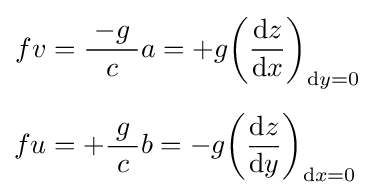
{\begin{aligned}fv&={\frac {\;-g\;}{\;c\;}}a=+g{\biggl (}{\frac {{\rm {d}}z}{{\rm {d}}x}}{\biggr )}_{{\rm {d}}y=0}\\[5px]fu&=+{\frac {\;g\;}{\;c\;}}b=-g{\biggl (}{\frac {{\rm {d}}z}{{\rm {d}}y}}{\biggr )}_{{\rm {d}}x=0}\end{aligned}}